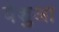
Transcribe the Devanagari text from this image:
येशुआ